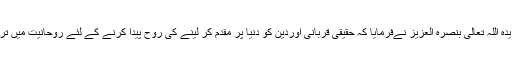
حضور انور ایدہ اللہ تعالیٰ بنصرہ العزیز نےفرمایا کہ حقیقی قربانی اوردین کو دنیا پر مقدم کر لینے کی روح پیدا کرنے کے لئے روحانیت میں ترقی شرط ہے۔